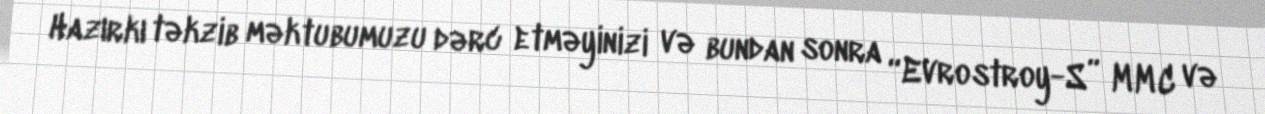
Hazırkı təkzib məktubumuzu dərc etməyinizi və bundan sonra “Evrostroy-S” MMC və